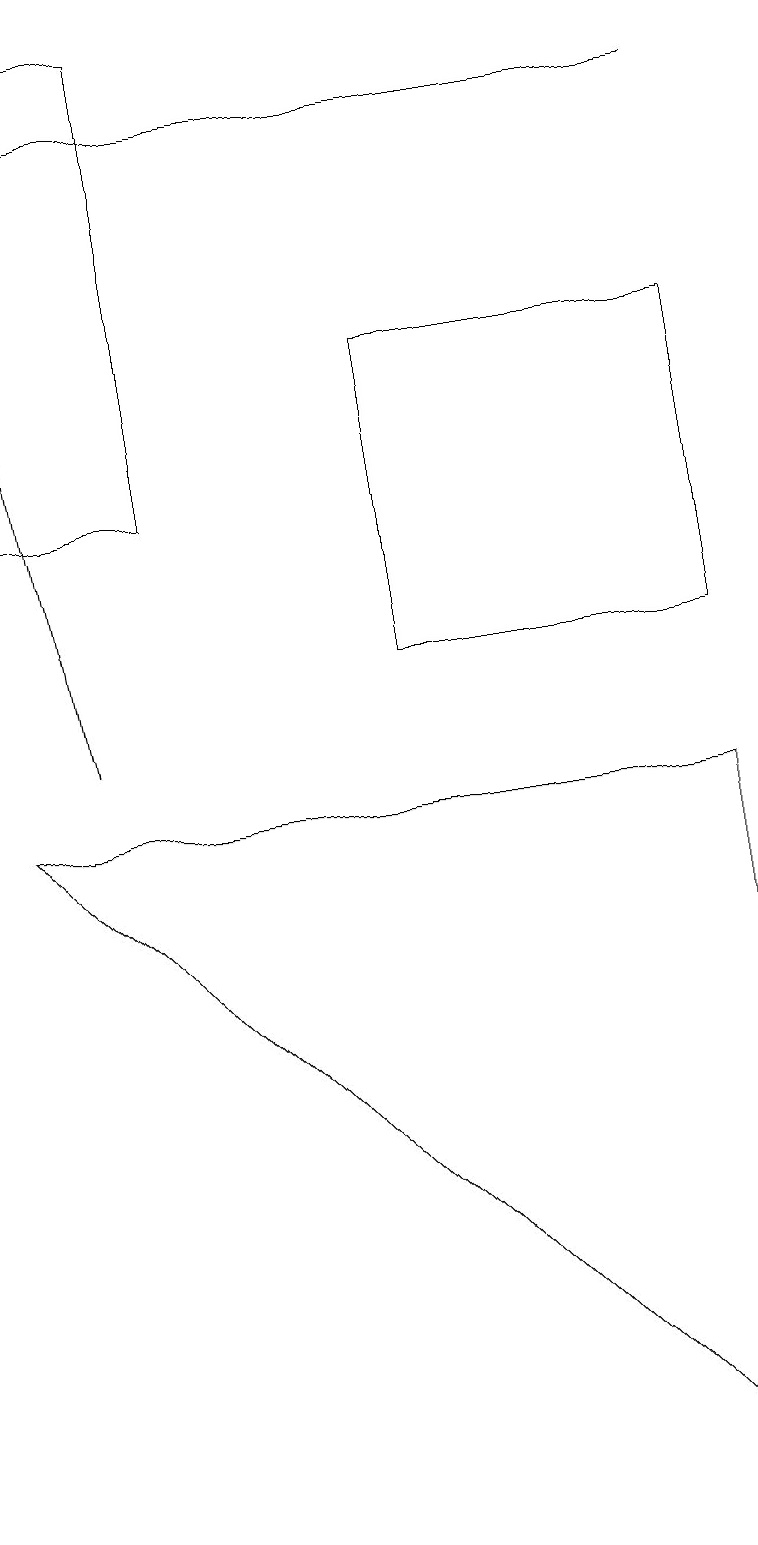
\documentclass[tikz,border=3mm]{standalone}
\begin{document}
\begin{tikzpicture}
\draw (9,0) -- (0,9) -- (9,9) -- cycle;
\draw (5,11) rectangle (9,15);
\draw[->] (1,10) -- (0,16);
\draw (1,18) rectangle (9,18);
\draw (0,19) rectangle (2,13);
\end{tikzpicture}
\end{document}